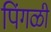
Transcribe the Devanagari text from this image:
पिंगळी